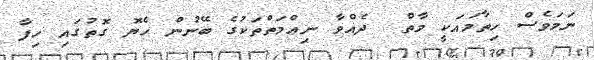
ނަމަވެސް ހިތާމައަކީ މާތް  ދެއްވާ ނިޢްމަތްތަކުގެ ބޭނުން ހެޔޮ ގޮތުގައި ހިފާ